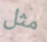
مثل